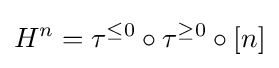
H^{n}=\tau ^{\leq 0}\circ \tau ^{\geq 0}\circ [n]